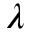
\lambda